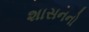
શાસનનો